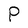
Character: P